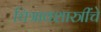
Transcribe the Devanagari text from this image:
चित्रावशास्त्रींचे